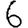
Digit: 6